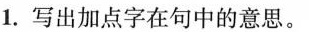
1.写出加点字在句中的意思。